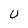
Character: U